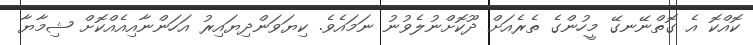
ކޮއްކޮ އެ ގޮތްނޭނގޭ މީހުންގެ ތެރެއަށް ދޫކޮށްނުލެވުނު ނަމައެވެ. ކިޔަވަންދިޔައިރު އަހަންނާއިއެއްކޮށް ޝިމާޔާ